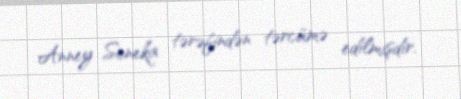
Anney Seneka tərəfindən tərcümə edilmişdir.